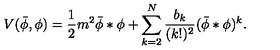
V ( \bar { \phi } , \phi ) = \frac { 1 } { 2 } m ^ { 2 } \bar { \phi } \ast \phi + \sum _ { k = 2 } ^ { N } \frac { b _ { k } } { ( k ! ) ^ { 2 } } ( \bar { \phi } \ast \phi ) ^ { k } .